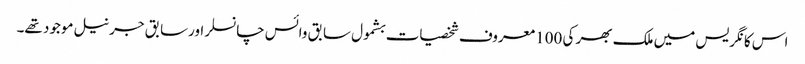
اس کانگریس میں ملک بھر کی 100 معروف شخصیات بشمول سابق وائس چانسلر اورسابق جرنیل موجود تھے۔